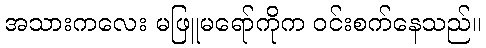
အသားကလေး မဖြူမရော်ကိုက ဝင်းစက်နေသည်။